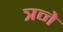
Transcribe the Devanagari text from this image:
त्रने